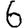
Digit: 6